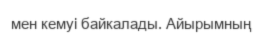
мен кемуі байкалады. Айырымның